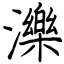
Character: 濼